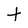
Character: t